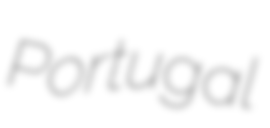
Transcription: Portugal